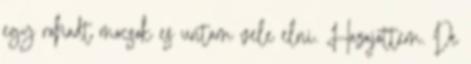
egy rohadt mocsok es untam vele elni. Hazajottem. De